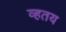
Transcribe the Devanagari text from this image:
व्हतय